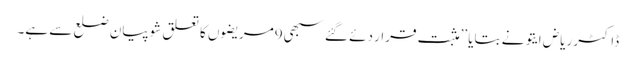
ڈاکٹر ریاض ایتو نے بتایا ’’مثبت قرار دئے گئے سبھی9مریضوں کا تعلق شوپیان ضلع سے ہے۔